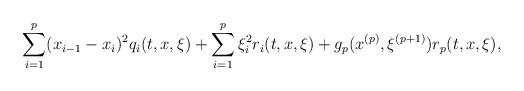
LaTeX: \begin{align*}\sum_{i=1}^p(x_{i-1}-x_i)^2q_i(t, x,\xi)+\sum_{i=1}^p\xi_i^2r_i(t, x,\xi)+g_p(x^{(p)}, \xi^{(p+1)})r_{p}(t, x,\xi),\end{align*}